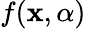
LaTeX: f(\mathbf{x},\alpha)